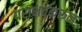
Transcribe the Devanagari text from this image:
पराभवकरून